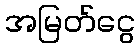
အမြတ်ငွေ